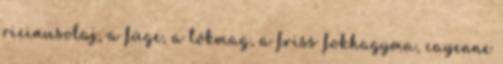
ricinusolaj, a füge, a tökmag, a friss fokhagyma, cayenne